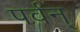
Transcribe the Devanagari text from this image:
पर्वन्